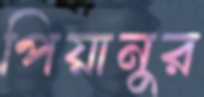
পিয়ানুর